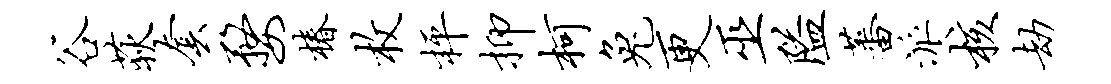
谷荻套婺椿枚枰抑柯兔更巫隘蕃派核劫